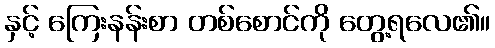
နှင့် ကြေးနန်းစာ တစ်စောင်ကို တွေ့ရလေ၏။